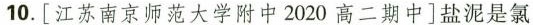
10.[江苏南京师范大学附中2020高二期中]盐泥是氯